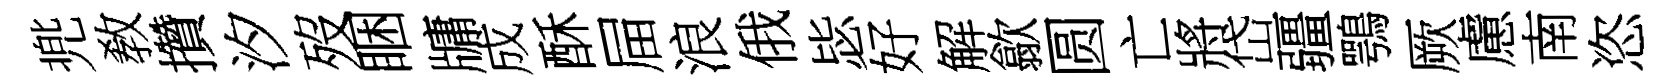
兠敎攢汐歿睏牗成酥屇浪俄毖好解歙圆亡將岱疆鶚厥慮南恣